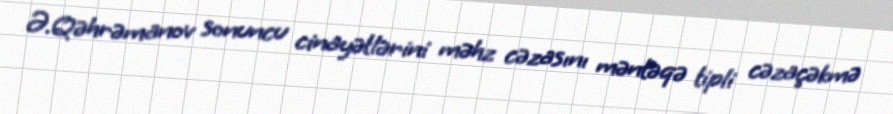
Ə.Qəhrəmanov sonuncu cinayətlərini məhz cəzasını məntəqə tipli cəzaçəkmə